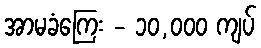
အာမခံကြေး - ၁၀,၀၀၀ ကျပ်